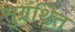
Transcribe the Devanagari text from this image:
सुग्रंथित